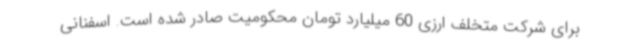
برای شرکت متخلف ارزی 60 میلیارد تومان محکومیت صادر شده است. اسفنانی